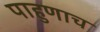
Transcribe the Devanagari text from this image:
पाहुणाच